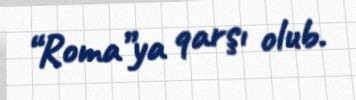
“Roma”ya qarşı olub.